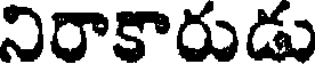
నిరాకారుడు